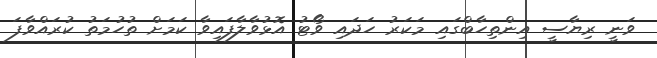
ވަނީ ރިޔާސީ އިންތިހާބްގައި މަކަރު ހަދައި ވޯޓު އޮޅުވާލާފައިވާ ކަމަށް ތުހުމަތު ކުރައްވާފަ